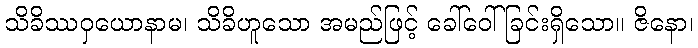
သိခိဿဝှယောနာမ၊ သိခိဟူသော အမည်ဖြင့် ခေါ်ဝေါ်ခြင်းရှိသော။ ဇိနော၊